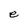
Character: e